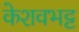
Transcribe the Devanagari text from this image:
केशवभट्ट